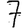
Digit: 7